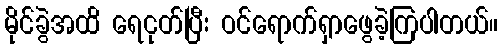
မိုင်ခွဲအထိ ရေငုတ်ပြီး ဝင်ရောက်ရှာဖွေခဲ့ကြပါတယ်။